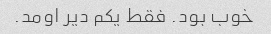
خوب بود. فقط یکم دیر اومد.